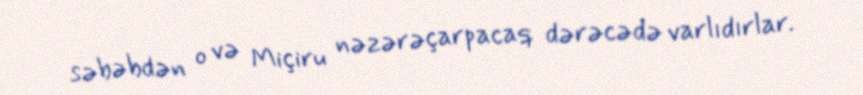
səbəbdən o və Miçiru nəzərəçarpacaq dərəcədə varlıdırlar.